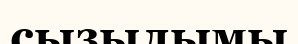
сызылымы